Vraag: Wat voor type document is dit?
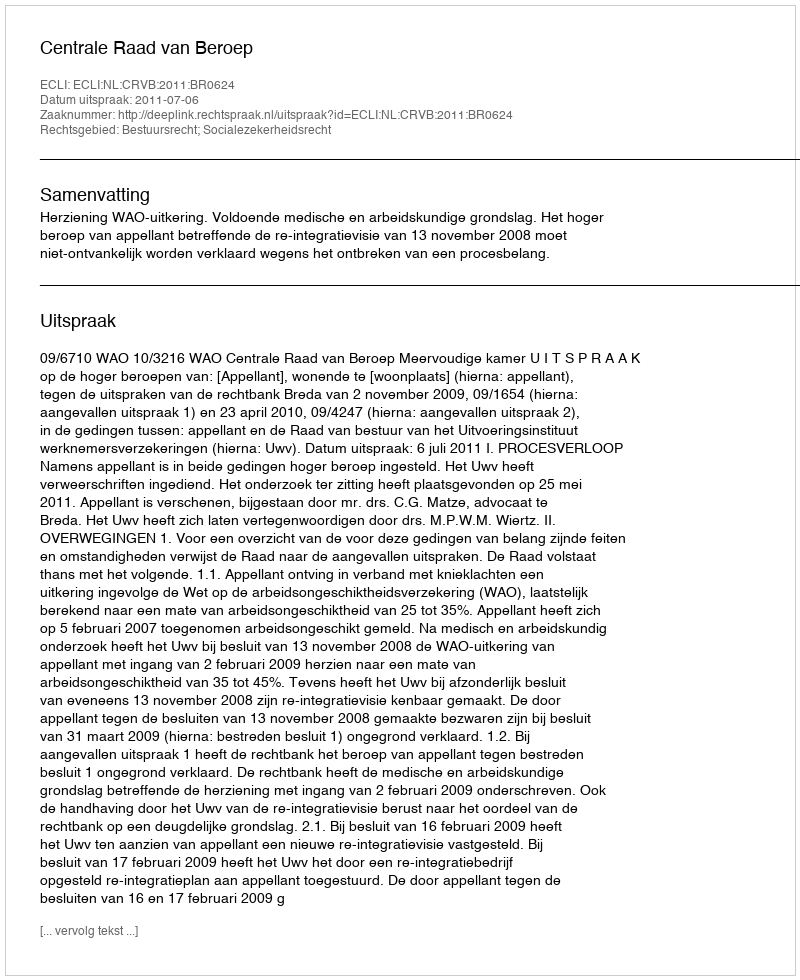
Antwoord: Uitspraak